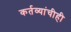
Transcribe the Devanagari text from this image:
कर्तव्यांचीही